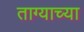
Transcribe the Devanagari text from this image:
ताग्याच्या